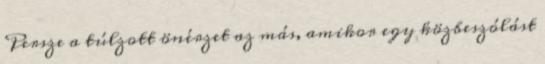
Persze a túlzott önérzet az más, amikor egy közbeszólást